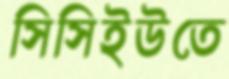
সিসিইউতে